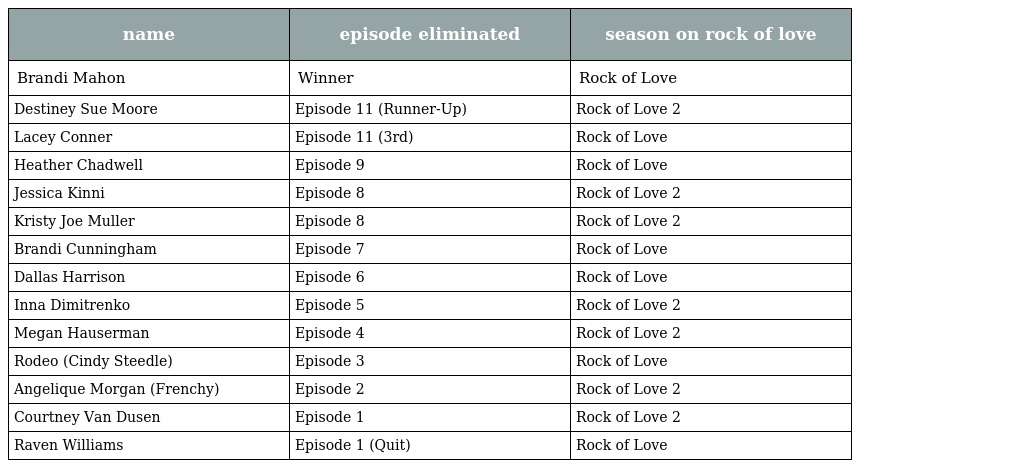
| name | episode eliminated | season on rock of love |
 | --- | --- | --- |
 | Brandi Mahon | Winner | Rock of Love |
 | Destiney Sue Moore | Episode 11 (Runner-Up) | Rock of Love 2 |
 | Lacey Conner | Episode 11 (3rd) | Rock of Love |
 | Heather Chadwell | Episode 9 | Rock of Love |
 | Jessica Kinni | Episode 8 | Rock of Love 2 |
 | Kristy Joe Muller | Episode 8 | Rock of Love 2 |
 | Brandi Cunningham | Episode 7 | Rock of Love |
 | Dallas Harrison | Episode 6 | Rock of Love |
 | Inna Dimitrenko | Episode 5 | Rock of Love 2 |
 | Megan Hauserman | Episode 4 | Rock of Love 2 |
 | Rodeo (Cindy Steedle) | Episode 3 | Rock of Love |
 | Angelique Morgan (Frenchy) | Episode 2 | Rock of Love 2 |
 | Courtney Van Dusen | Episode 1 | Rock of Love 2 |
 | Raven Williams | Episode 1 (Quit) | Rock of Love |